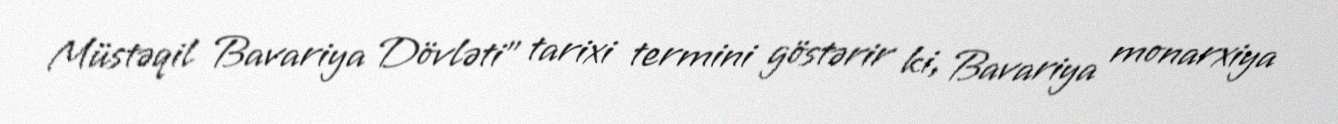
Müstəqil Bavariya Dövləti" tarixi termini göstərir ki, Bavariya monarxiya